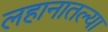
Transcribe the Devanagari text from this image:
लहानातल्या